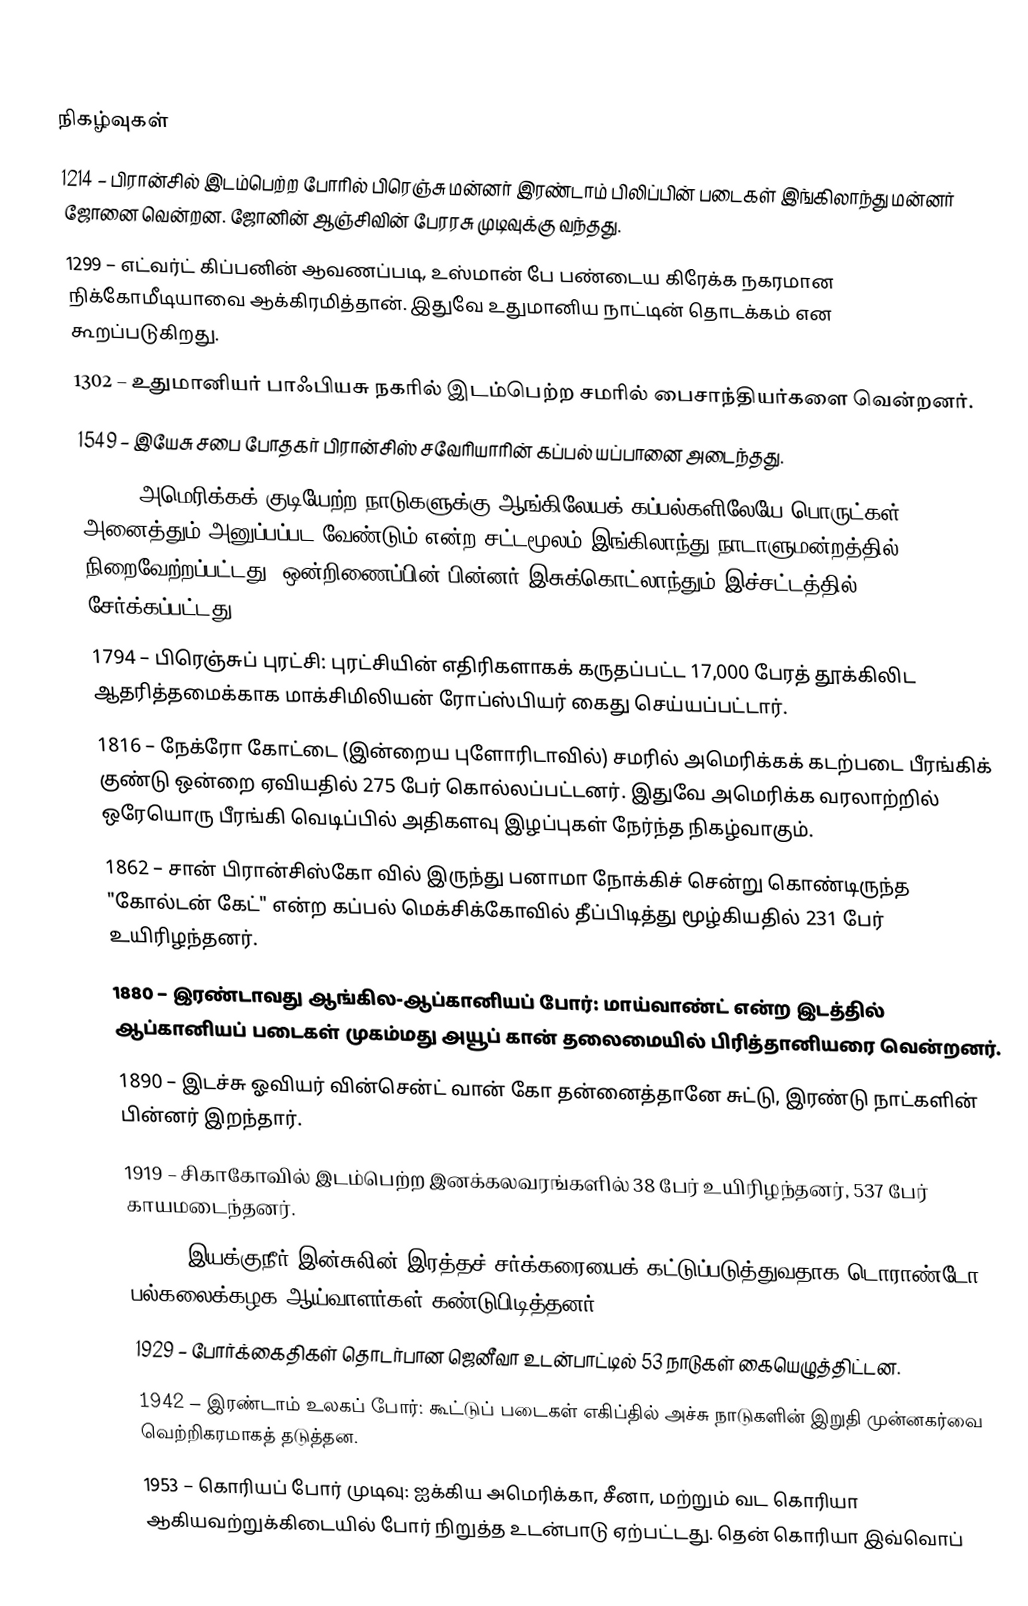

நிகழ்வுகள்
1214 – பிரான்சில் இடம்பெற்ற போரில் பிரெஞ்சு மன்னர் இரண்டாம் பிலிப்பின் படைகள் இங்கிலாந்து மன்னர் ஜோனை வென்றன. ஜோனின் ஆஞ்சிவின் பேரரசு முடிவுக்கு வந்தது.
1299 – எட்வர்ட் கிப்பனின் ஆவணப்படி, உஸ்மான் பே பண்டைய கிரேக்க நகரமான நிக்கோமீடியாவை ஆக்கிரமித்தான். இதுவே உதுமானிய நாட்டின் தொடக்கம் என கூறப்படுகிறது.
1302 – உதுமானியர் பாஃபியசு நகரில் இடம்பெற்ற சமரில் பைசாந்தியர்களை வென்றனர்.
1549 – இயேசு சபை போதகர் பிரான்சிஸ் சவேரியாரின் கப்பல் யப்பானை அடைந்தது.
1663 – அமெரிக்கக் குடியேற்ற நாடுகளுக்கு ஆங்கிலேயக் கப்பல்களிலேயே பொருட்கள் அனைத்தும் அனுப்பப்பட வேண்டும் என்ற சட்டமூலம் இங்கிலாந்து நாடாளுமன்றத்தில் நிறைவேற்றப்பட்டது. ஒன்றிணைப்பின் பின்னர் இசுக்கொட்லாந்தும் இச்சட்டத்தில் சேர்க்கப்பட்டது.
1794 – பிரெஞ்சுப் புரட்சி: புரட்சியின் எதிரிகளாகக் கருதப்பட்ட 17,000 பேரத் தூக்கிலிட ஆதரித்தமைக்காக மாக்சிமிலியன் ரோப்ஸ்பியர் கைது செய்யப்பட்டார்.
1816 – நேக்ரோ கோட்டை (இன்றைய புளோரிடாவில்) சமரில் அமெரிக்கக் கடற்படை பீரங்கிக் குண்டு ஒன்றை ஏவியதில் 275 பேர் கொல்லப்பட்டனர். இதுவே அமெரிக்க வரலாற்றில் ஒரேயொரு பீரங்கி வெடிப்பில் அதிகளவு இழப்புகள் நேர்ந்த நிகழ்வாகும்.
1862 – சான் பிரான்சிஸ்கோ வில் இருந்து பனாமா நோக்கிச் சென்று கொண்டிருந்த "கோல்டன் கேட்" என்ற கப்பல் மெக்சிக்கோவில் தீப்பிடித்து மூழ்கியதில் 231 பேர் உயிரிழந்தனர்.
1880 – இரண்டாவது ஆங்கில-ஆப்கானியப் போர்: மாய்வாண்ட் என்ற இடத்தில் ஆப்கானியப் படைகள் முகம்மது அயூப் கான் தலைமையில் பிரித்தானியரை வென்றனர்.
1890 – இடச்சு ஓவியர் வின்சென்ட் வான் கோ தன்னைத்தானே சுட்டு, இரண்டு நாட்களின் பின்னர் இறந்தார்.
1919 – சிகாகோவில் இடம்பெற்ற இனக்கலவரங்களில் 38 பேர் உயிரிழந்தனர், 537 பேர் காயமடைந்தனர்.
1921 – இயக்குநீர் இன்சுலின் இரத்தச் சர்க்கரையைக் கட்டுப்படுத்துவதாக டொராண்டோ பல்கலைக்கழக ஆய்வாளர்கள் கண்டுபிடித்தனர்.
1929 – போர்க்கைதிகள் தொடர்பான ஜெனீவா உடன்பாட்டில் 53 நாடுகள் கையெழுத்திட்டன.
1942 – இரண்டாம் உலகப் போர்: கூட்டுப் படைகள் எகிப்தில் அச்சு நாடுகளின் இறுதி முன்னகர்வை வெற்றிகரமாகத் தடுத்தன.
1953 – கொரியப் போர் முடிவு: ஐக்கிய அமெரிக்கா, சீனா, மற்றும் வட கொரியா ஆகியவற்றுக்கிடையில் போர் நிறுத்த உடன்பாடு ஏற்பட்டது. தென் கொரியா இவ்வொப்